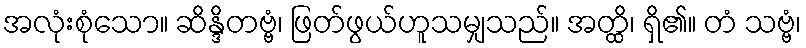
အလုံးစုံသော။ ဆိန္ဒိတဗ္ဗံ၊ ဖြတ်ဖွယ်ဟူသမျှသည်။ အတ္ထိ၊ ရှိ၏။ တံ သဗ္ဗံ၊